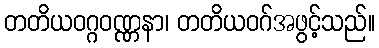
တတိယဝဂ္ဂဝဏ္ဏနာ၊ တတိယဝဂ်အဖွင့်သည်။